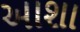
અાશા